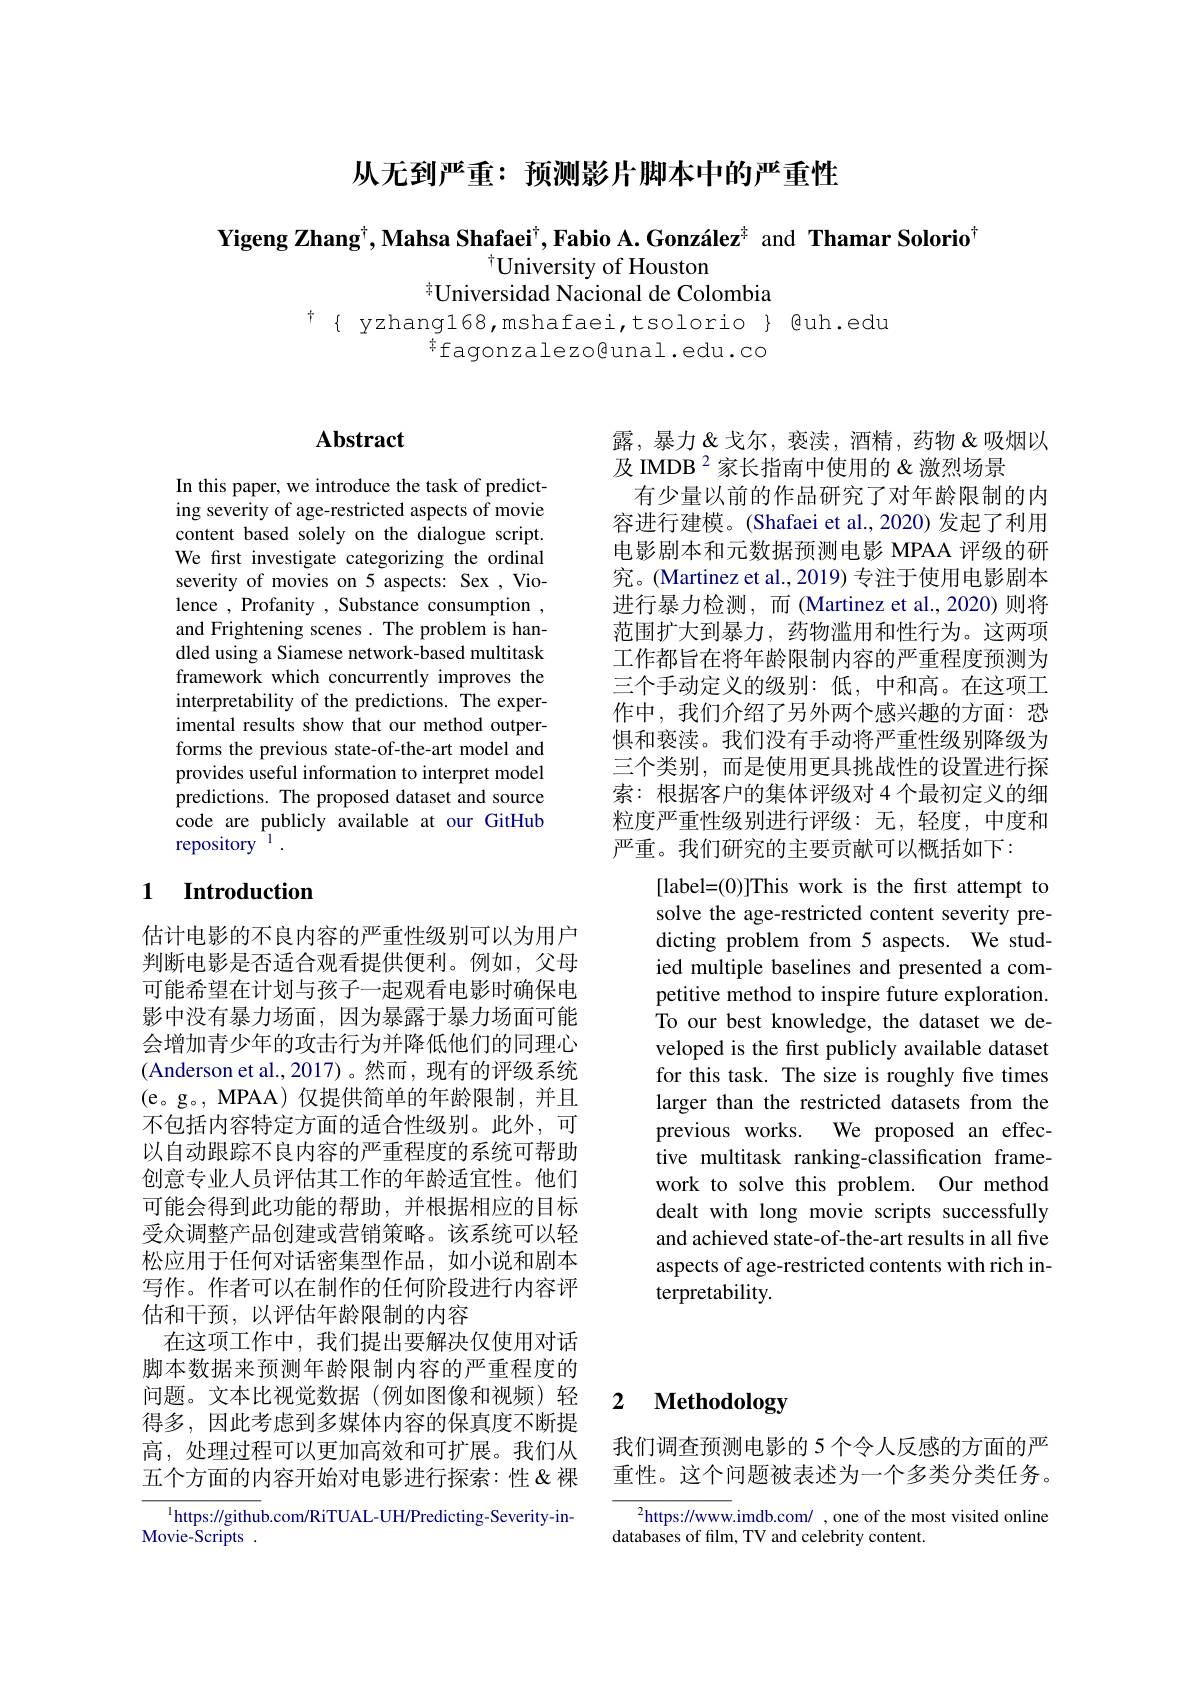
从无到严重：预测影片脚本中的严重性

Yigeng Zhang$^\dagger,\textbf{Mahsa Shafaei}^\dagger,\textbf{Fabio A.González}^{\ddagger}$ and Thamar Solorio$^\dagger$
$^{\dagger}$University of Houston
其Universidad Nacional de Colombia

$^{\dagger}\{$ yzhangl68,mshafaei,tsolorio $\}$ @uh.edu
fagonzalezo@unal.edu.co

# Abstract

In this paper, we introduce the task of predicting severity of age-restricted aspects of movie content based solely on the dialogue script. We first investigate categorizing the ordinal severity of movies on 5 aspects: Sex , Violence , Profanity , Substance consumption , and Frightening scenes. The problem is handled using a Siamese network-based multitask framework which concurrently improves the interpretability of the predictions. The experimental results show that our method outperforms the previous state-of-the-art model and provides useful information to interpret model predictions. The proposed dataset and source code are publicly available at our GitHub repository $^{\mathrm{l}}.$

露，暴力&戈尔，亵渎，酒精，药物&吸烟以
及 IMDB $^{2}$家长指南中使用的&激烈场景
有少量以前的作品研究了对年龄限制的内容进行建模。(Shafaei et al., 2020) 发起了利用电影剧本和元数据预测电影 MPAA 评级的研究。(Martinez et al., 2019) 专注于使用电影剧本进行暴力检测，而(Martinez et al.,2020)则将范围扩大到暴力，药物滥用和性行为。这两项工作都旨在将年龄限制内容的严重程度预测为三个手动定义的级别：低，中和高。在这项工作中，我们介绍了另外两个感兴趣的方面：恐惧和亵渎。我们没有手动将严重性级别降级为三个类别，而是使用更具挑战性的设置进行探索：根据客户的集体评级对 4 个最初定义的细粒度严重性级别进行评级：无，轻度，中度和严重。我们研究的主要贡献可以概括如下：
[label=(0)]This work is the first attempt to solve the age-restricted content severity predicting problem from 5 aspects. We studied multiple baselines and presented a competitive method to inspire future exploration. To our best knowledge, the dataset we developed is the first publicly available dataset for this task. The size is roughly five times larger than the restricted datasets from the previous works. We proposed an effective multitask ranking-classification framework to solve this problem. Our method dealt with long movie scripts successfully and achieved state-of-the-art results in all five aspects of age-restricted contents with rich interpretability.

## 1 Introduction

估计电影的不良内容的严重性级别可以为用户判断电影是否适合观看提供便利。例如，父母可能希望在计划与孩子一起观看电影时确保电影中没有暴力场面，因为暴露于暴力场面可能会增加青少年的攻击行为并降低他们的同理心(Anderson et al., 2017) 。然而 , 现有的评级系统(e。g。, MPAA) 仅提供简单的年龄限制，并且不包括内容特定方面的适合性级别。此外，可以自动跟踪不良内容的严重程度的系统可帮助创意专业人员评估其工作的年龄适宜性。他们可能会得到此功能的帮助，并根据相应的目标受众调整产品创建或营销策略。该系统可以轻松应用于任何对话密集型作品，如小说和剧本写作。作者可以在制作的任何阶段进行内容评估和干预，以评估年龄限制的内容
在这项工作中，我们提出要解决仅使用对话脚本数据来预测年龄限制内容的严重程度的问题。文本比视觉数据(例如图像和视频)轻得多，因此考虑到多媒体内容的保真度不断提高，处理过程可以更加高效和可扩展。我们从五个方面的内容开始对电影进行探索：性&裸

# 2 Methodology

我们调查预测电影的 5 个令人反感的方面的严重性。这个问题被表述为一个多类分类任务。

$^{2}$https://www.imdb.com/ , one of the most visited online
databases of film, TV and celebrity content.

$^{1}$https://github.com/RiTUAL-UH/Predicting-Severity-in-
Movie-Scripts .